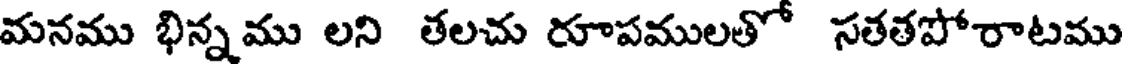
మనము భిన్నము లని తలచు రూపములతో సతతపోరాటము